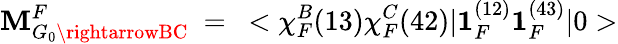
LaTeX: \mathbf{M}_{G_{0}\rightarrowBC}^{F}~=~<\chi_{F}^{B}(13)\chi_{F}^{C}(42)|{\mathbf{{1}}}_{F}^{(12)}{\mathbf{{1}}}_{F}^{(43)}|0>